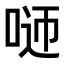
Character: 𠴴